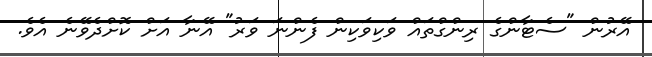
އޭރުން "ސެޓާންގެ ރިންގްތައް ވަކިވަކިން ފެންނަ ވަރު" އޭނާ އަށް ކޮށްދެވޭނެ އެވެ.